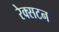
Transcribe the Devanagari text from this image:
रेक्सटन